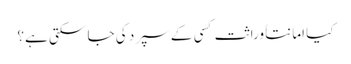
کیا امانتاً وراثت کسی کے سپرد کی جا سکتی ہے؟